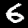
Digit: 6